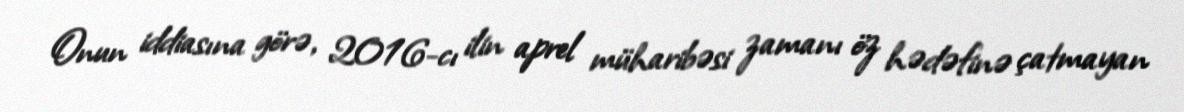
Onun iddiasına görə, 2016-cı ilin aprel müharibəsi zamanı öz hədəfinə çatmayan